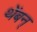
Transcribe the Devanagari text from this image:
थेंबन्